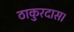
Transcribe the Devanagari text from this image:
ठाकुरदास।